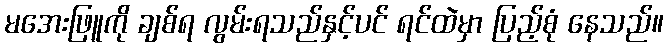
မအေးဖြူကို ချစ်ရ လွမ်းရသည်နှင့်ပင် ရင်ထဲမှာ ပြည့်စုံ နေသည်။